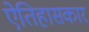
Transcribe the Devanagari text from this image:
ऐतिहासकार